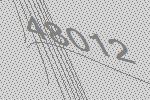
48012